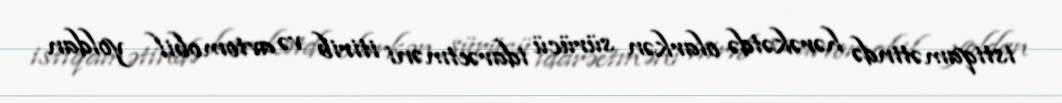
istiqamətində hərəkətdə olarkən sürücü idarəetməni itirib və avtomobil yoldan